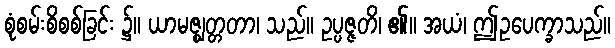
စုံစမ်းစိစစ်ခြင်း ၌။ ယာမဇ္ဈတ္တတာ၊ သည်။ ဥပ္ပဇ္ဇတိ၊ ၏။ အယံ၊ ဤဥပေက္ခာသည်။